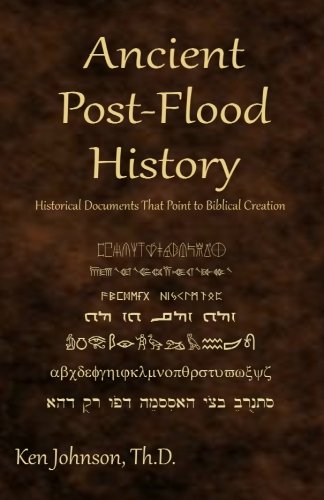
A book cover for Ancient Post-Flood History: Historical Documents That Point to Biblical Creation; Ken Johnson Th.D; Religion & Spirituality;